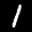
Digit: 1